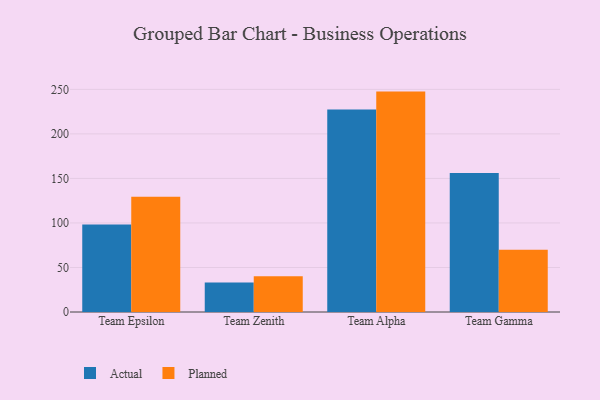
{"axis": {"x": "Team", "y": "Energy Usage (MWh)"}, "legend": ["Actual", "Planned"], "data": [{"x": "Team Epsilon", "y": 98.3, "type": "Actual"}, {"x": "Team Epsilon", "y": 129.5, "type": "Planned"}, {"x": "Team Zenith", "y": 33.1, "type": "Actual"}, {"x": "Team Zenith", "y": 40.1, "type": "Planned"}, {"x": "Team Alpha", "y": 227.4, "type": "Actual"}, {"x": "Team Alpha", "y": 247.5, "type": "Planned"}, {"x": "Team Gamma", "y": 156.1, "type": "Actual"}, {"x": "Team Gamma", "y": 69.8, "type": "Planned"}]}